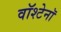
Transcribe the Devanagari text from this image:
वॉश्टेनॉ